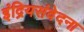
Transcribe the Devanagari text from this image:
इंद्रियसंवेदना